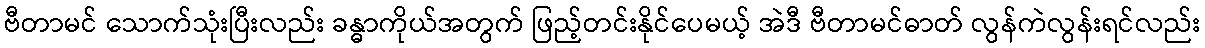
ဗီတာမင် သောက်သုံးပြီးလည်း ခန္ဓာကိုယ်အတွက် ဖြည့်တင်းနိုင်ပေမယ့် အဲဒီ ဗီတာမင်ဓာတ် လွန်ကဲလွန်းရင်လည်း